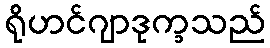
ရိုဟင်ဂျာဒုက္ခသည်